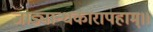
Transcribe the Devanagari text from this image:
जाड्यान्धकारापहाम्‌॥